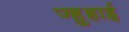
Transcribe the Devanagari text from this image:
ज्हुहाई